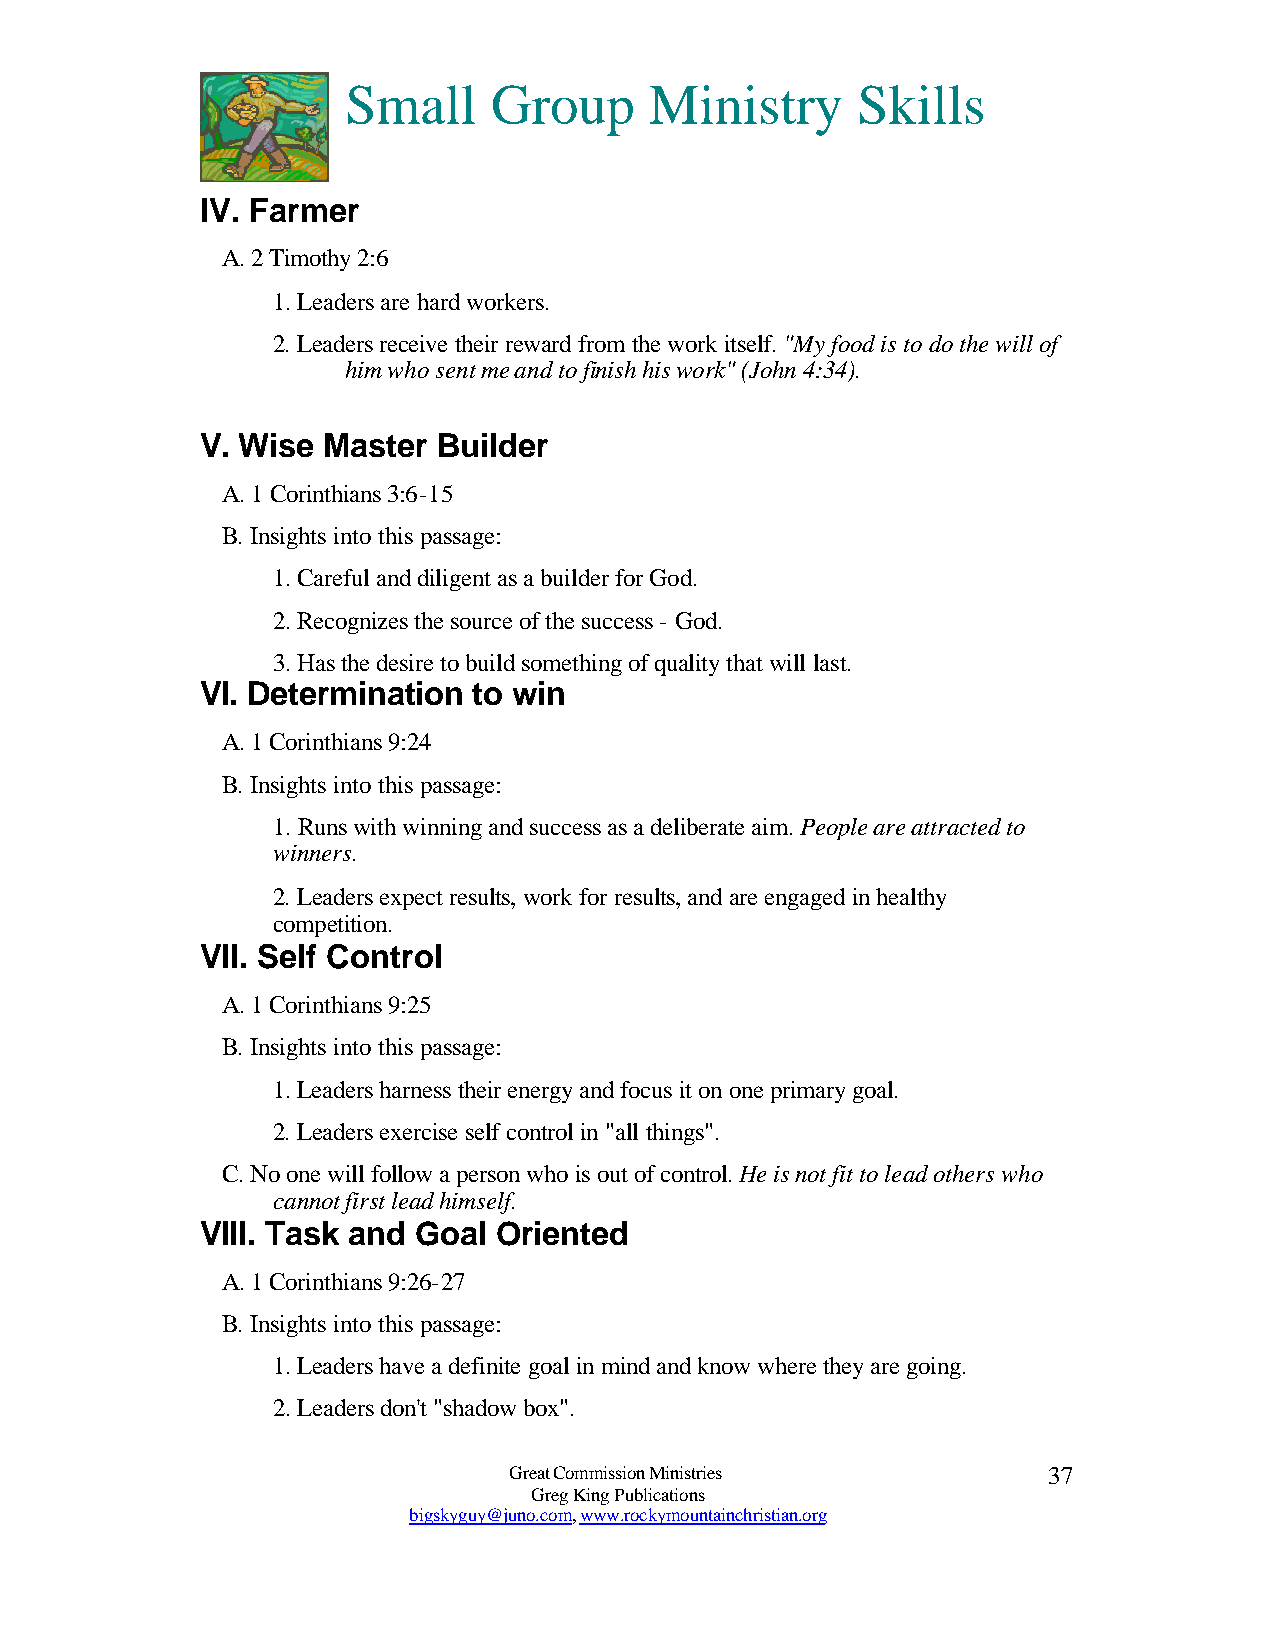
Small     Group     Ministry      Skills
 IV. Farmer
 A. 2 Timothy 2:6
 1. Leaders are hard workers.
 2. Leaders receive their reward from the work itself. "My food is to do the will of
 him who sent me and to finish his work" (John 4:34).
 V. Wise Master  Builder
 A. 1 Corinthians 3:6-15
 B. Insights into this passage:
 1. Careful and diligent as a builder for God.
 2. Recognizes the source of the success - God.
 3. Has the desire to build something of quality that will last.
 VI. Determination to win
 A. 1 Corinthians 9:24
 B. Insights into this passage:
 1. Runs with winning and success as a deliberate aim. People are attracted to
 winners.
 2. Leaders expect results, work for results, and are engaged in healthy
 competition.
 VII. Self Control
 A. 1 Corinthians 9:25
 B. Insights into this passage:
 1. Leaders harness their energy and focus it on one primary goal.
 2. Leaders exercise self control in "all things".
 C. No one will follow a person who is out of control. He is not fit to lead others who
 cannot first lead himself.
 VIII. Task and Goal Oriented
 A. 1 Corinthians 9:26-27
 B. Insights into this passage:
 1. Leaders have a definite goal in mind and know where they are going.
 2. Leaders don't "shadow box".
 Great Commission Ministries        37
 Greg King Publications
 bigskyguy@juno.com, www.rockymountainchristian.org